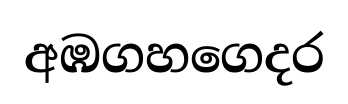
අඹගහගෙදර